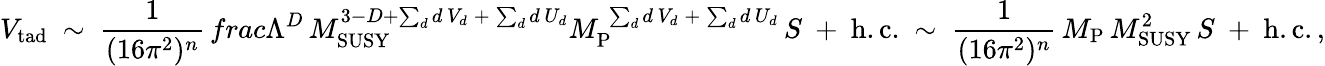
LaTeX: V_{\mathrm{tad}}\ \sim\ \frac{1}{(16\pi^{2})^{n}}\, frac{\Lambda^{D}\, M_{\mathrm{SUSY}}^{3-D+\sum_{d}d\, V_{d}\: +\: \sum_{d}d\, U_{d}}}{M_{\mathrm{P}}^{\ \sum_{d}d\, V_{d}\: +\: \sum_{d}d\, U_{d}}}\, S\ +\ \mathrm{h.c.}\ \sim\ \frac{1}{(16\pi^{2})^{n}}\, M_{\mathrm{P}}\, M_{\mathrm{SUSY}}^{2}\, S\ +\ \mathrm{h.c.}\, ,